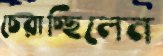
চেরাচ্ছিলেন